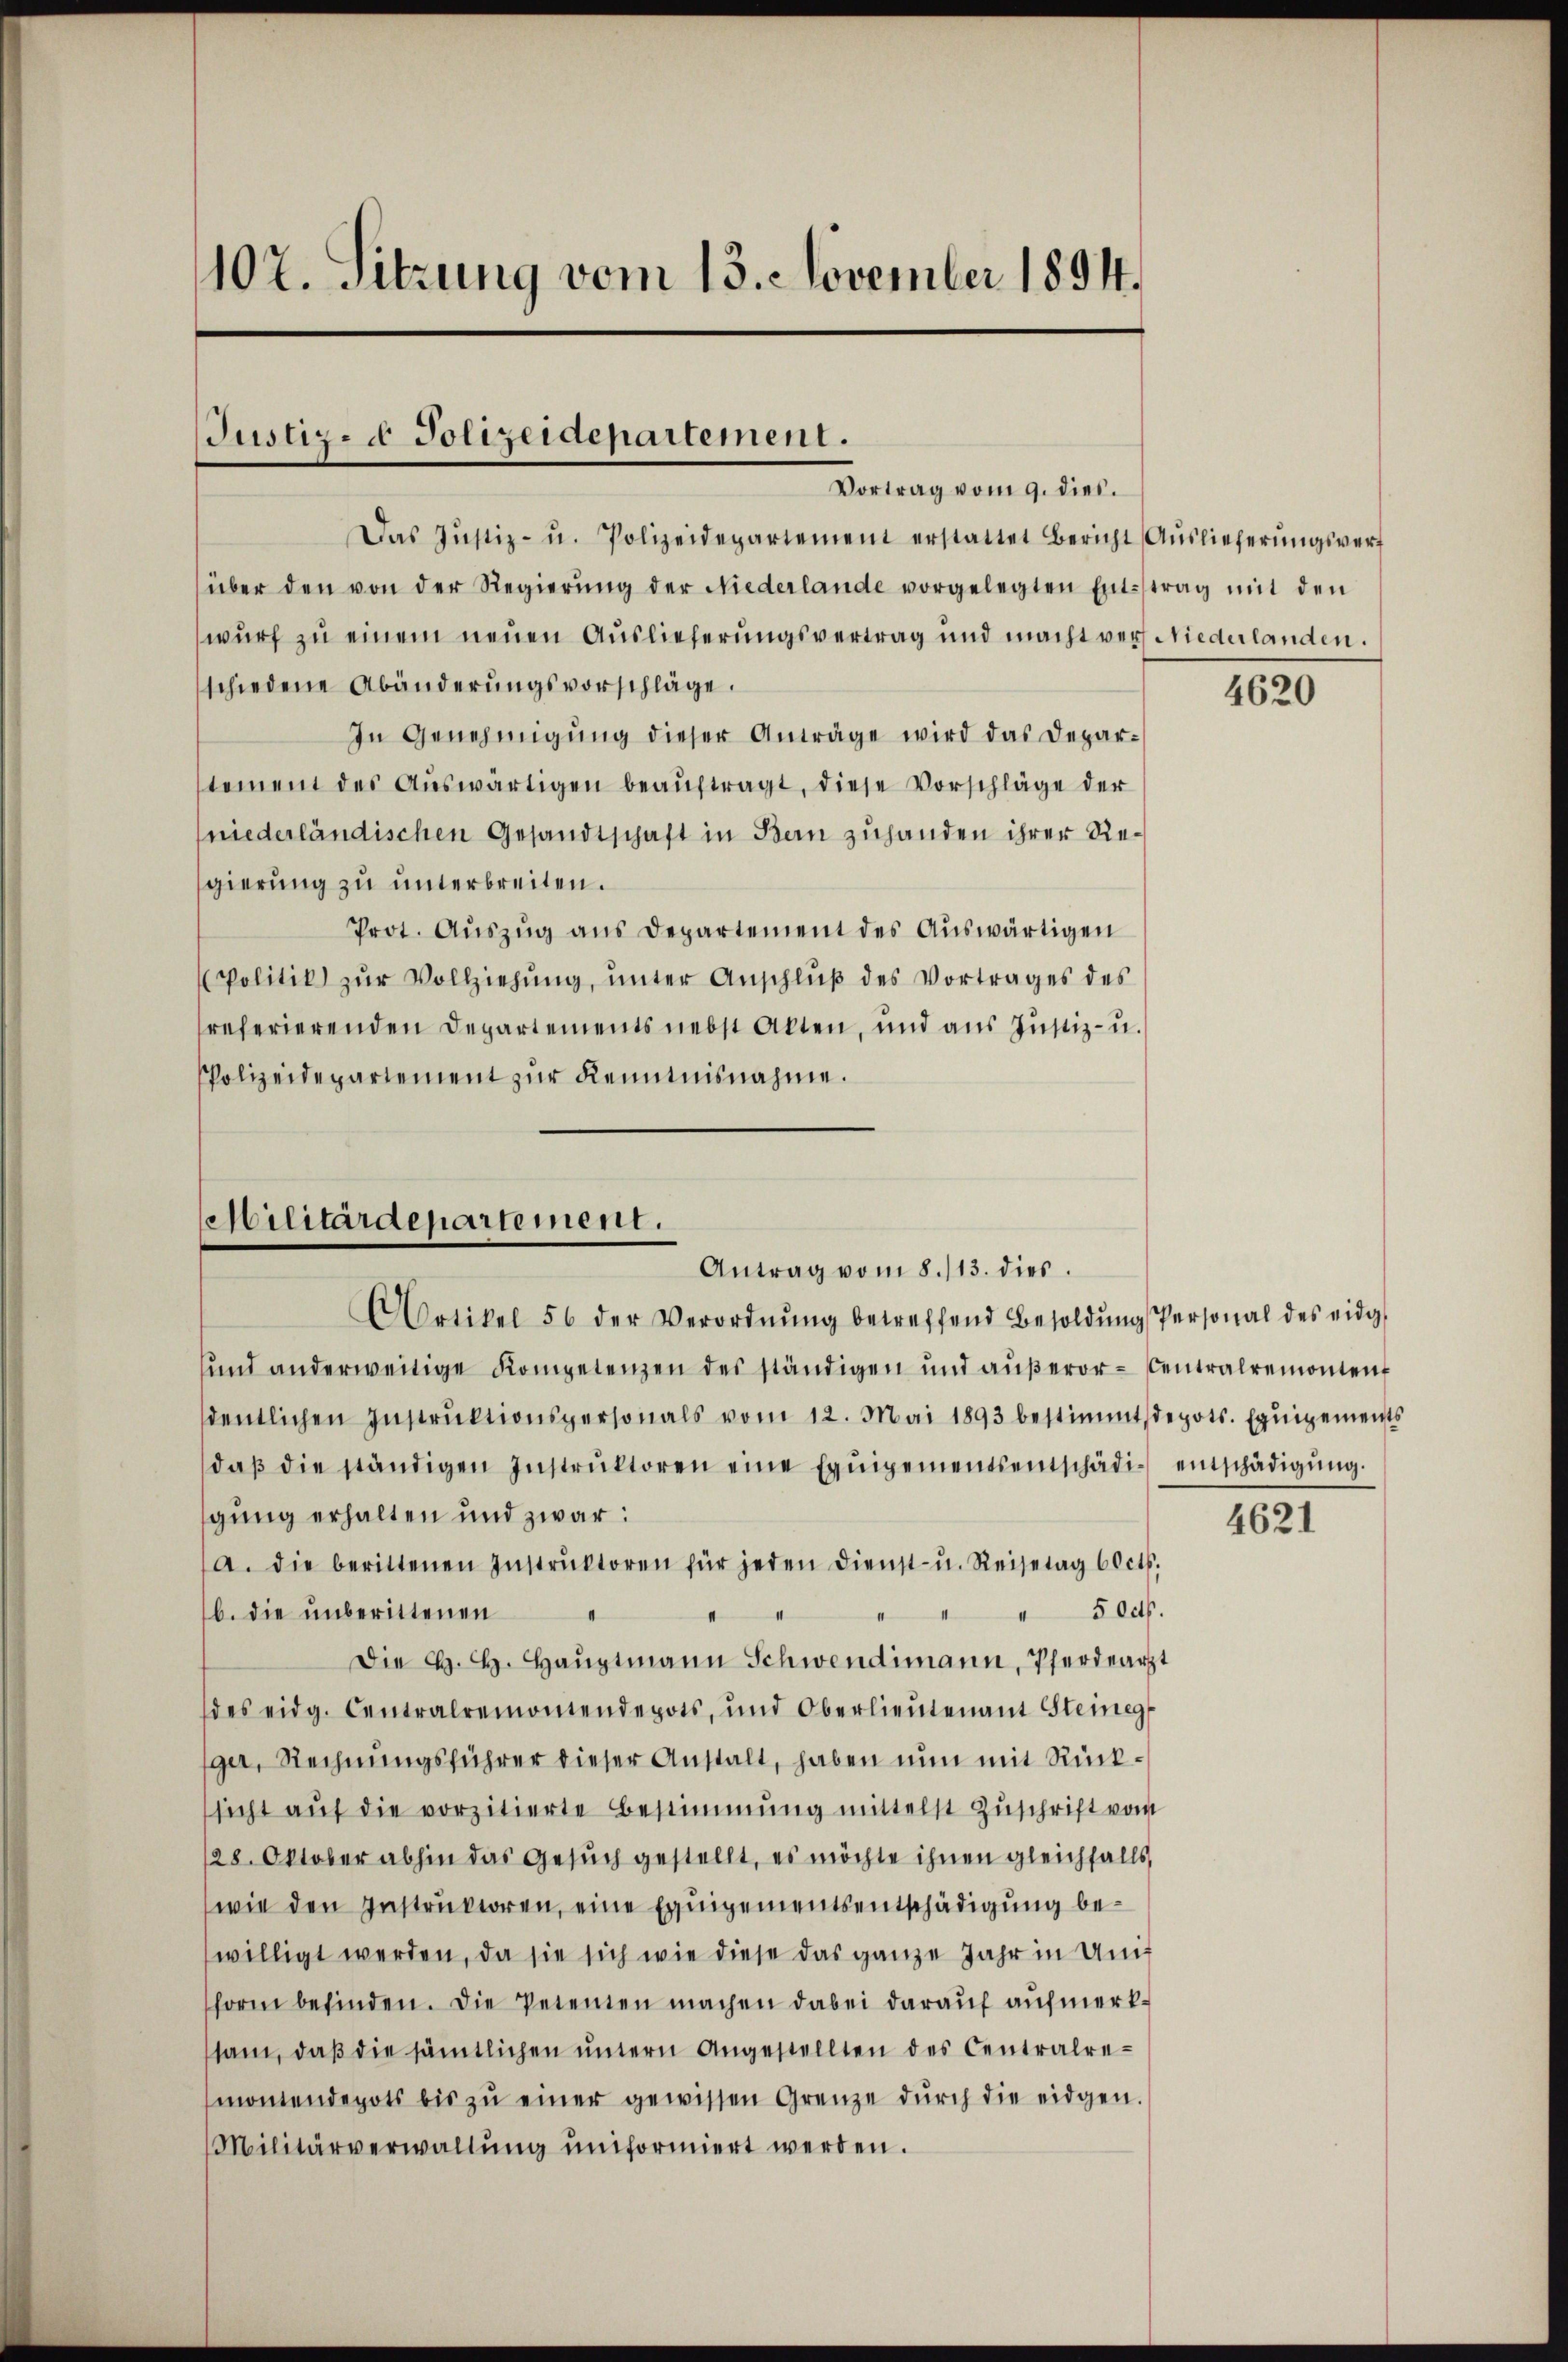
107. Sitzung vom 13. November 1894.

Justiz- & Polizeidepartement.
Vortrag vom 9. dies

Das Jŭstiz- u. Polizeidepartement erstattet Bericht Aŭslieferŭngsverf
über den von der Regierŭng der Niederlande vorgelegten Entstrag mit den
wurf zu einem neuen Auslieferungsvertrag und macht vers Niederlanden.
schiedene Abänderungsvorschläge.
In Genehmigung dieser Anträge wird das Departement des Aŭswärtigen beaŭftragt, diese Vorschläge der
niederländischen Gesandtschaft in Bern zuhanden ihrer Regierung zu unterbreiten.
Prot. Auszug aus Departement des Auswärtigen
Politik zŭr Vollziehŭng ŭnter Anschlŭβ des Vortrages des
referierenden Departements nebst Akten, und aŭs Jŭstiz- u.
PPolizeidepartement zur Kenntnisnahme.

Militärdepartement.
Antrag vom 8./13. dies
Artikel 56 der Verordnŭng betreffend Besoldŭng Personal des eidg

und anderweitige Kompetenzen des ständigen und aŭβeror-Centralremonten
dentlichen Instrŭktionspersonals vom 12. Mai 1893 bestimmt depots. Equipements
daβ die ständigen Instrŭktoren eine Equipementsentschädig entschädigŭng.
gung erhalten und zwar:
a. die berittenen Instrŭktoren für jeden dienst- u. Reisetag 60 cts.
b. die unberittenen
5ed.
Die H. H. Hauptmann Schwendimann, Pferdearzt
des eidg. Centralremontendepots, und Oberlieŭtenant Steineg
ger, Rechnungsführer dieser Anstalt, haben nun mit Rücksicht aŭf die vorzitierte Bestimmung mittelst Zŭschrift vom
128. Oktober abhin das Gesŭch gestellt, es möchte ihnen gleichfalls
wie den Instruktoren, eine Equipementsentschädigung bewilligt werden, da sie sich wie diese das ganze Jahr in Anit
form befinden. Die Petenten machen dabei darauf aufmerkssam, daβ die sämtlichen ŭntern Angestellten des Centralremontendepots bis zŭ einer gewissen Grenze dŭrch die eidgen.
Militärverwaltŭng ŭnformiert werden.

4620

4621